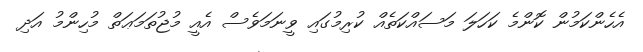
އެހެންކަމުން ކޮންމެ ކަހަލަ މަސައްކަތެއް ކުރިމުގައި ވީނަމަވެސް އެއީ މުޖުތަމަޢަތް މުހިންމު އަދި